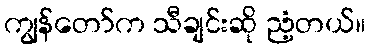
ကျွန်တော်က သီချင်းဆို ညံ့တယ်။